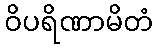
ဝိပရိဏာမိတံ